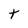
Character: t